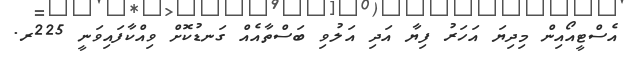
އެސްޓީއޯއިން މިދިޔަ އަހަރު ފިޔާ އަދި އަލުވި ބަސްތާއެއް ގަނޑުކޮށް ވިއްކާފައިވަނީ 225ރ.